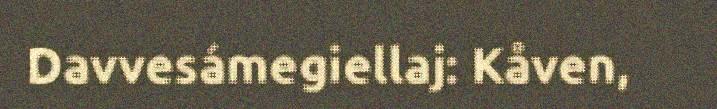
Davvesámegiellaj: Kåven,